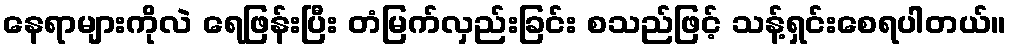
နေရာများကိုလဲ ရေဖြန်းပြီး တံမြက်လှည်းခြင်း စသည်ဖြင့် သန့်ရှင်းစေရပါတယ်။